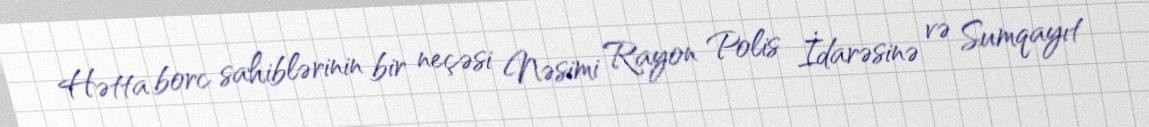
Hətta borc sahiblərinin bir neçəsi Nəsimi Rayon Polis İdarəsinə və Sumqayıt